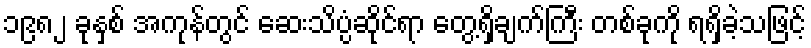
၁၉၈၂ ခုနှစ် အကုန်တွင် ဆေးသိပ္ပံဆိုင်ရာ တွေ့ရှိချက်ကြီး တစ်ခုကို ရရှိခဲ့သဖြင့်